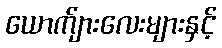
ယောက်ျားလေးများနှင့်